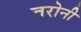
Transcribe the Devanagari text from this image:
तरोनी